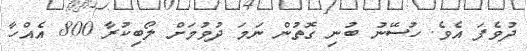
ދުވެފަ އެވެ. ހުސޭނު ބުނި ގޮތުން ނަމަ ދުވުމަށް ލޯބިކުރާ 800 އެއްހާ